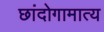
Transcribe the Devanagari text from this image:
छांदोगामात्य